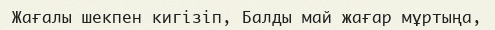
Жағалы шекпен кигізіп, Балды май жағар мұртыңа,